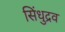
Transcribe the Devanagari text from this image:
सिंधुद्रव